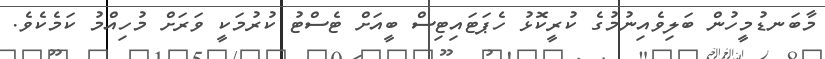
މާބަނޑުމީހުން ބަލިވެއިނުމުގެ ކުރީކޮޅު ހެޕަޓައިޓިސް ބީއަށް ޓެސްޓު ކުރުމަކީ ވަރަށް މުހިއްމު ކަމެކެވެ.